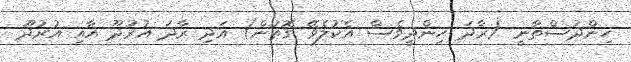
ހިންދުސްތާނީ (ރާދަ ހިންދީވެސް އެކުލެވޭ ގޮތުން) އަދި ރާދަ އުރުދޫ އާއި އުރުދޫ